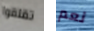
تقلقوا نعم